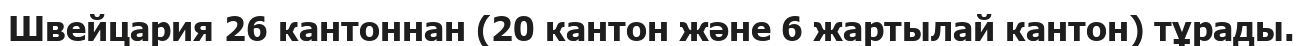
Швейцария 26 кантоннан (20 кантон және 6 жартылай кантон) тұрады.